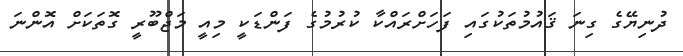
ދުނިޔޭގެ ގިނަ ޤައުމުތަކުގައި ފަހަށްރައްކާ ކުރުމުގެ ފަންޑަކީ މިއީ މަޖްބޫރީ ގޮތަކަށް އޮންނަ